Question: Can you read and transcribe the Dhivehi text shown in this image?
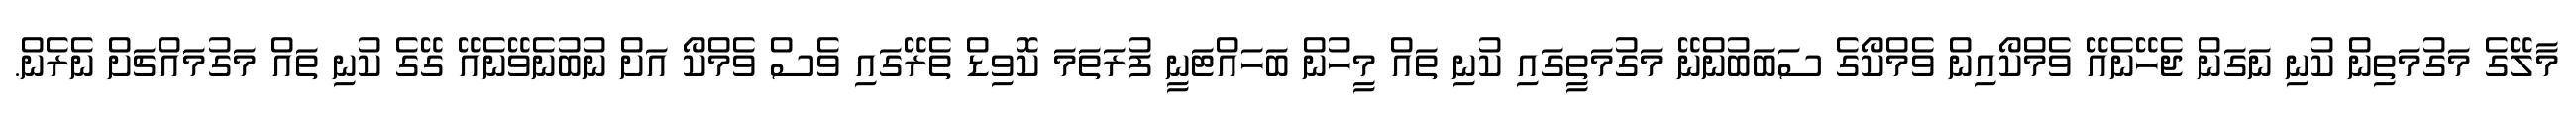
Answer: މާލޭގެ މަގުމަތިން ކުނި ނަގަން ޖެހޭނެއޭ ވެމްކޯއިން ވެމްކޯގެ ސަބަބުންނޭ މަގުމަތީގައި ކުނި ތައް މީހުން ބަހައްޓަނީ ފުރަތަމަ ކޮވިޑް ތެރޭގައި ވެސް ވެމްކޯ އަށް ނުބުނެވޭނެއޭ ގޭގެ ކުނި ތައް މަގުމައްޗަށް ނެރެން.